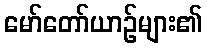
မော်တော်ယာဉ်များ၏